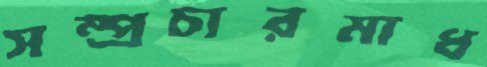
সম্প্রচারমাধ